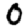
Digit: 0